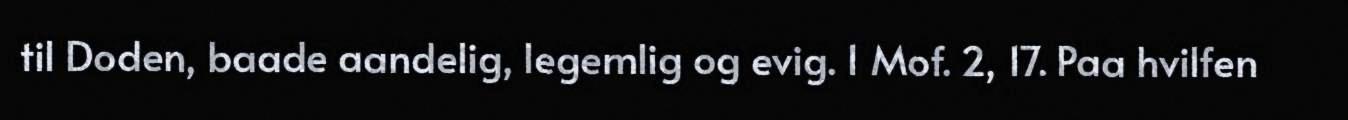
til Doden, baade aandelig, legemlig og evig. 1 Mof. 2, 17. Paa hvilfen